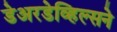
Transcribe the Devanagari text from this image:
डेअरडेव्हिल्सने